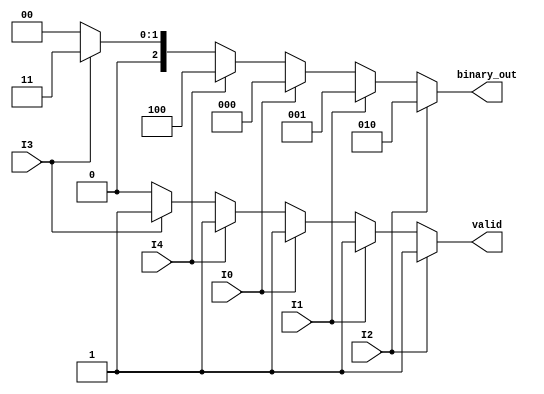
module dual_priority_encoder (
    input wire I0, I1, I2, // Group 1 inputs
    input wire I3, I4,     // Group 2 inputs
    output reg [2:0] binary_out, // Binary output (3 bits)
    output reg valid       // Valid output
);

    always @(*) begin
        // Default values
        binary_out = 3'b000; // Default to 0
        valid = 1'b0;        // Default to invalid

        // Check Group 1 inputs first (higher priority)
        if (I2) begin
            binary_out = 3'b010; // Output for I2
            valid = 1'b1;
        end else if (I1) begin
            binary_out = 3'b001; // Output for I1
            valid = 1'b1;
        end else if (I0) begin
            binary_out = 3'b000; // Output for I0
            valid = 1'b1;
        end 
        // If no Group 1 inputs are active, check Group 2 inputs
        else if (I4) begin
            binary_out = 3'b100; // Output for I4
            valid = 1'b1;
        end else if (I3) begin
            binary_out = 3'b011; // Output for I3
            valid = 1'b1;
        end 
        // If no inputs are active, binary_out and valid remain unchanged
    end

endmodule